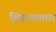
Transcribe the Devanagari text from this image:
शिराळ्याचा